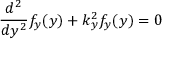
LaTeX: { \frac { d ^ { 2 } } { d y ^ { 2 } } } f _ { y } ( y ) + k _ { y } ^ { 2 } f _ { y } ( y ) = 0